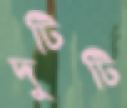
দুটিটি